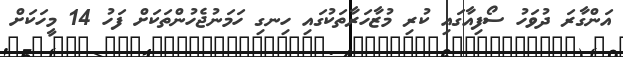
އަންގާރަ ދުވަހު ސޯފިއާގައި ކުރި މުޒާހަރާތަކުގައި ހިނގި ހަމަނުޖެހުންތަކަށް ފަހު 14 މީހަކަށް